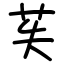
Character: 苵